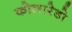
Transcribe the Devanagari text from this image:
कोलारेडो